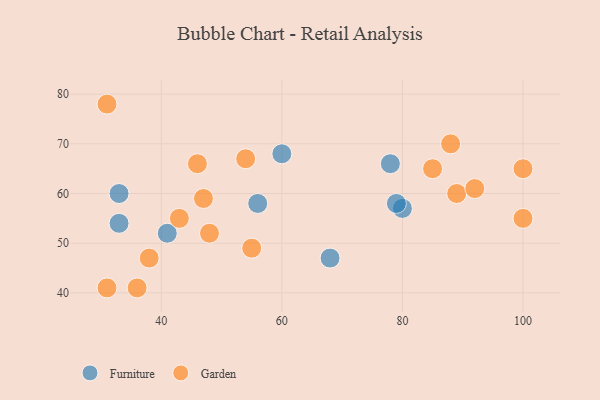
{"axis": {"x": "GDP", "y": "Life Expectancy"}, "legend": ["Furniture", "Garden"], "data": [{"x": "56", "y": 58, "type": "Furniture"}, {"x": "68", "y": 47, "type": "Furniture"}, {"x": "78", "y": 66, "type": "Furniture"}, {"x": "33", "y": 60, "type": "Furniture"}, {"x": "80", "y": 57, "type": "Furniture"}, {"x": "60", "y": 68, "type": "Furniture"}, {"x": "33", "y": 54, "type": "Furniture"}, {"x": "41", "y": 52, "type": "Furniture"}, {"x": "79", "y": 58, "type": "Furniture"}, {"x": "48", "y": 52, "type": "Garden"}, {"x": "100", "y": 65, "type": "Garden"}, {"x": "89", "y": 60, "type": "Garden"}, {"x": "54", "y": 67, "type": "Garden"}, {"x": "31", "y": 78, "type": "Garden"}, {"x": "31", "y": 41, "type": "Garden"}, {"x": "88", "y": 70, "type": "Garden"}, {"x": "43", "y": 55, "type": "Garden"}, {"x": "92", "y": 61, "type": "Garden"}, {"x": "38", "y": 47, "type": "Garden"}, {"x": "46", "y": 66, "type": "Garden"}, {"x": "36", "y": 41, "type": "Garden"}, {"x": "55", "y": 49, "type": "Garden"}, {"x": "100", "y": 55, "type": "Garden"}, {"x": "47", "y": 59, "type": "Garden"}, {"x": "85", "y": 65, "type": "Garden"}]}